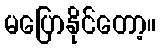
မပြောနိုင်တော့။